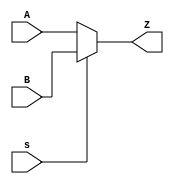
`timescale 1ns / 1ps
//32-bit 2-to-1 multiplexer
module mux2(A,B,Z,s);
input[31:0] A,B;
input s;
output[31:0] Z;
assign Z=(s==0)?A:B;
endmodule